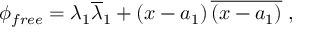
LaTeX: \phi _ { f r e e } = \lambda _ { 1 } \overline { { { \lambda } } } _ { 1 } + \left( x - a _ { 1 } \right) \overline { { { \left( x - a _ { 1 } \right) } } } \; ,